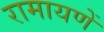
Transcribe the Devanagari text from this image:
रामायणें